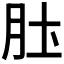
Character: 𫆖